Supplement to the account of plague administration in the Bombay Presidency from September 1896 till May 1897
Year: 1896
Disease focus: Plague
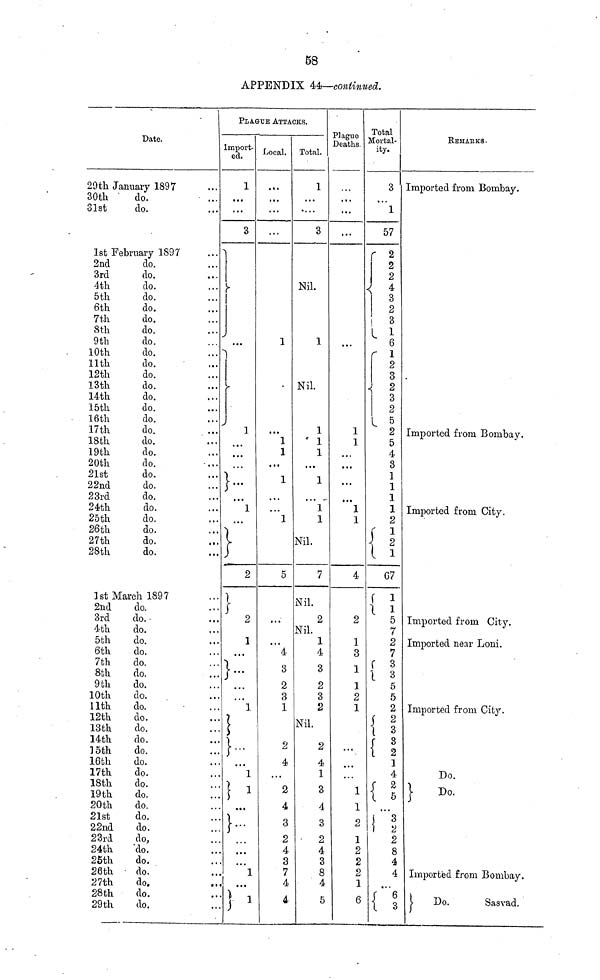
53
APPENDIX 44—continued.
Date.
29th January 1897
30th
31st
do.
do.
1st February 1897
2nd
3rd
4th
5th
6th
7th
8th
9th
10th
11th
12th
13th
14th
15th
16th
17th
18th
19th
20th
21st
22nd
23rd
24th
25th
26th
27th
28th
do.
do.
do.
do.
do.
do.
do.
do.
do.
do.
do.
do.
do.
do.
do.
do.
do.
do.
do.
do.
do.
do.
do.
do.
do.
do.
.•
do.
1st March 1897
2nd
do.
3rd
4th
5th
6th
7th
8th
9th
10th
11th
12th
13th
14th
loth
16th
17th
18th
19th
20th
21st
22nd
23rd
24th
26th
26th
27th
28th
29th
do.
do.
do.
do.
do.
do.
do.
do.
do.
do.
do.
do.
do.
do.
do.
do.
do.
do.
do.
do.
do,
do.
do.
do.
do.
.
do.
do.
PLAGUE ATTACKS.
Imported Local. Total
1
...
...
3
•••
1
...
1
•
• • •
}
2
:}
2
1
• ...
•
. " 1
•• 1
::1
• • •••
• •
•
• •
* *
• • •
l
•* ...
::)
1
• • •
,,.
...
...
1
•••1
1
X
<••
...
1
5
...
...
4
3
2
3
1
2
4
...
2
4
3
2
4
3
7
4
4
1
...
....
3
Nil.
1
Nil.
1
a • •
X
•••
1
1
Nil.
7
Nil.
2
Nil.
1
4
3
2
3
2
Nil.
2
4
1
3
4
3
2
4
3
8
4
5
Plague
Joigne
Deaths.
• « «
...
...
...
1
1
.. •
• ••
...
•••
1
1
4
2
1
3
1
1
2
1
...
1
1
2
1
2
2
2
1
6
Total
Mortal-
ity.
3
...
1
57
r 2
2
2
4
1 3 2
1
6
r 2
3
2
3
2
5 2
5
4
3
1
1
1
1
2
67
{ i
5
7
2
7
3
3
5
5
2
3
2
1
4
2 5
i 3
1 2
2
8
4
4
•••
{ 5
RBMABKS.
Imported from Bombay.
Imported from Bombay.
Imported from City.
Imported from City.
Imported near Loni.
Imported from City.
Do.
Do.
Imported from Bombay.
i
Do.
Sasvad.